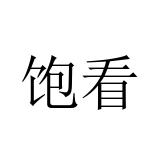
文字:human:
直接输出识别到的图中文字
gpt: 饱看